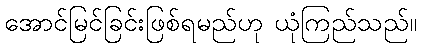
အောင်မြင်ခြင်းဖြစ်ရမည်ဟု ယုံကြည်သည်။